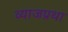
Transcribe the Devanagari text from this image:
व्याजप्रथा